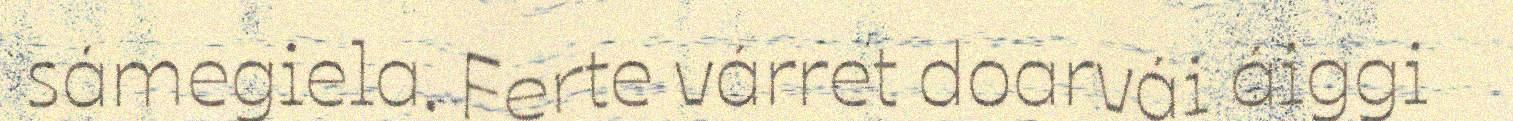
sámegiela. Ferte várret doarvái áiggi